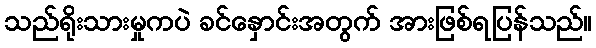
သည်ရိုးသားမှုကပဲ ခင်နှောင်းအတွက် အားဖြစ်ရပြန်သည်။